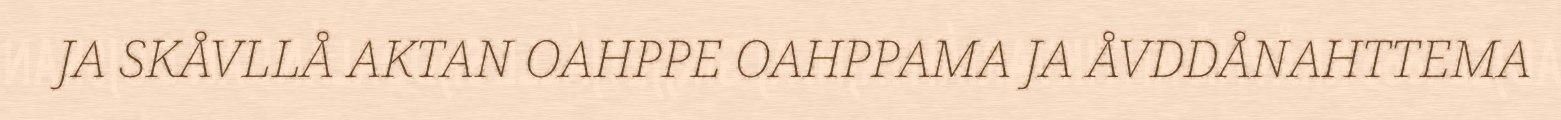
JA SKÅVLLÅ AKTAN OAHPPE OAHPPAMA JA ÅVDDÅNAHTTEMA